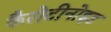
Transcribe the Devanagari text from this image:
कैरोटीनोइड